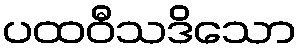
ပထဝီသဒိသော